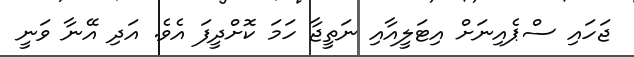
ޖަހައި ސްޕެއިނަށް އިޓަލީއާއި ނަތީޖާ ހަމަ ކޮށްދީފަ އެވެ. އަދި އޭނާ ވަނީ